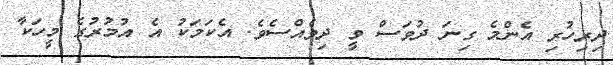
ދިރިހުރި އެންމެ ގިނަ ދުވަސް ވީ ދިވެއްސެވެ. އެކަމަކު އެ އުމުރުގެ މީހަކާ